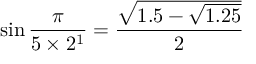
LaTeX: \sin { \frac { \pi } { 5 \times 2 ^ { 1 } } } = { \frac { \sqrt { 1 . 5 - { \sqrt { 1 . 2 5 } } } } { 2 } }